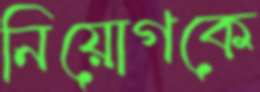
নিয়োগকে